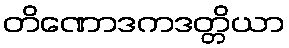
တိဏောဒကဒတ္တိယာ